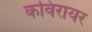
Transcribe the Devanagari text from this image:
कविरायर